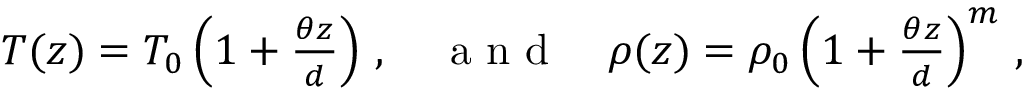
\begin{array} { r } { T ( z ) = T _ { 0 } \left( 1 + \frac { \theta z } { d } \right) \, , \quad \mathrm { ~ a ~ n ~ d ~ } \quad \rho ( z ) = \rho _ { 0 } \left( 1 + \frac { \theta z } { d } \right) ^ { m } \, , } \end{array}